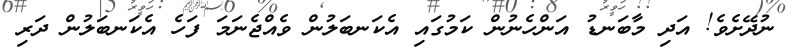
ނުދޭށެވެ! އަދި މާބަނޑު އަންހެނުން ކަމުގައި އެކަނބަލުން ވެއްޖެނަމަ ފަހެ އެކަނބަލުން ދަރި